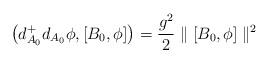
LaTeX: \begin{align*}\left(d^+_{A_0}d_{A_0}\phi, [B_0,\phi]\right)={g^2\over 2}\parallel [B_0,\phi]\parallel ^2\end{align*}